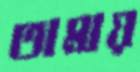
তামায়